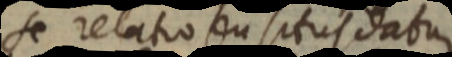
se relatio su situs datur